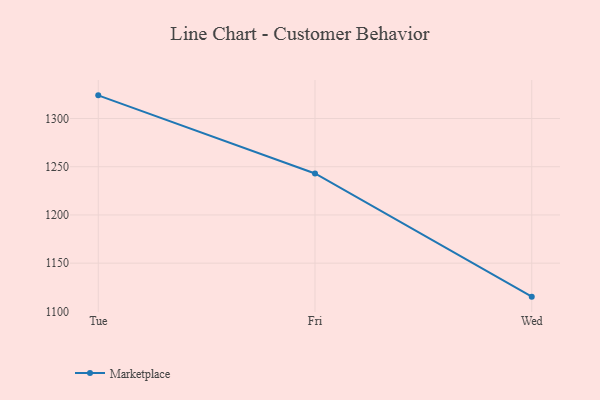
{"axis": {"x": "Day", "y": "Latency (ms)"}, "legend": ["Marketplace"], "data": [{"x": "Tue", "y": 1324.0, "type": "Marketplace"}, {"x": "Fri", "y": 1243.0, "type": "Marketplace"}, {"x": "Wed", "y": 1115.3, "type": "Marketplace"}]}